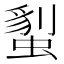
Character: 𧏇